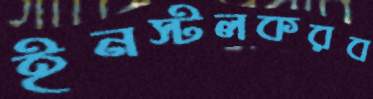
ইনস্টলকরব